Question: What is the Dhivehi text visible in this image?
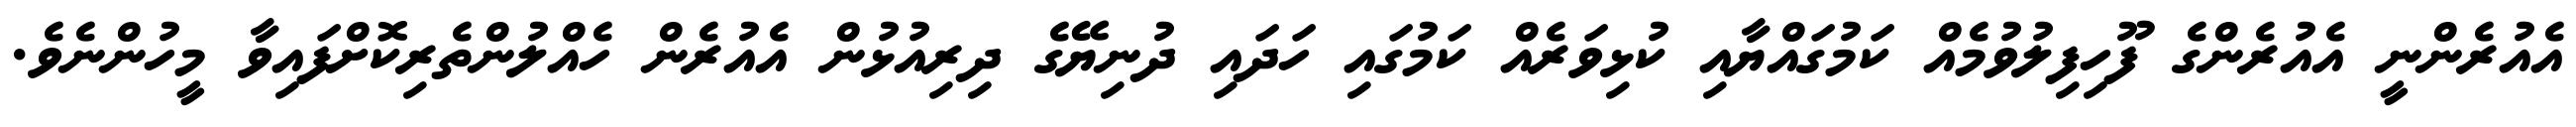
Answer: އެއުރެންނީ އެއުރެންގެ ފޫހިފިލުވުމެއް ކަމުގައްޔާއި ކުޅިވަރެއް ކަމުގައި ހަދައި ދުނިޔޭގެ ދިރިއުޅުން އެއުރެން ހެއްލުންތެރިކޮށްފައިވާ މީހުންނެވެ.